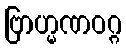
ဗြာဟ္မဏဝဂ္ဂ